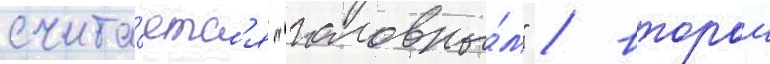
счита́етс'я "головны́м" / второи